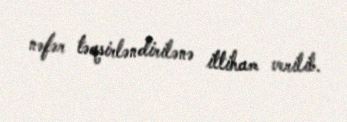
nəfər təqsirləndirilənə ittiham verilib.